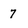
Character: 7